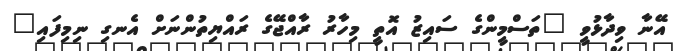
އޭނާ ވިދާޅުވީ "ތަސްމީންގެ ސައިޒު އޮތީ މިހާރު ރާއްޖޭގެ ރައްޔިތުންނަށް އެނގި ނިމިފައި"